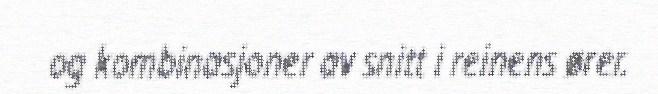
og kombinasjoner av snitt i reinens ører.